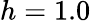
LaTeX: h=1.0